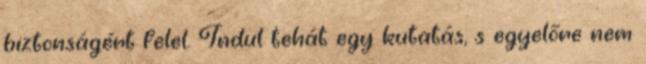
biztonságért felel. Indul tehát egy kutatás, s egyelőre nem